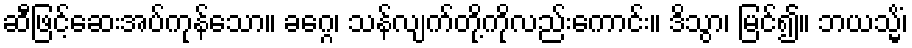
ဆီဖြင့်ဆေးအပ်ကုန်သော။ ခဂ္ဂေ၊ သန်လျက်တို့ကိုလည်းကောင်း။ ဒိသွာ၊ မြင်၍။ ဘယသ္မိံ၊